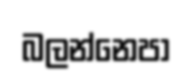
බලන්නෙපා